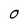
Character: 0